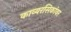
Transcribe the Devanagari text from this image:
काव्यरसिकांवर